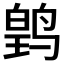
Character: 𬸛